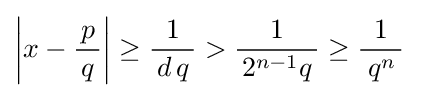
\left|x-{\frac {\,p\,}{q}}\right|\geq {\frac {1}{\,d\,q\,}}>{\frac {1}{\,2^{n-1}q\,}}\geq {\frac {1}{\;q^{n}\,}}~